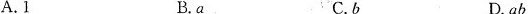
A.1 B.a C.b D.ab